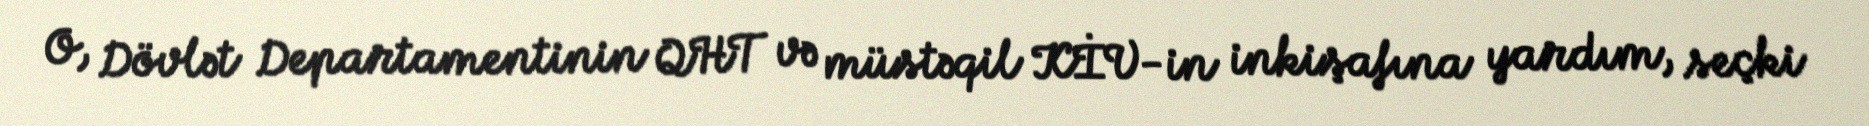
O, Dövlət Departamentinin QHT və müstəqil KİV-in inkişafına yardım, seçki